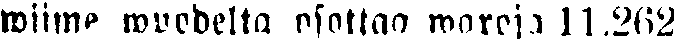
wiime wuodelta osottaa waroja 11.262